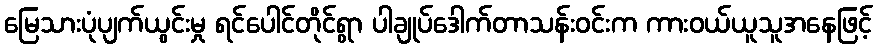
မြေသားပုံပျက်ယွင်းမှု ရင်ပေါင်တိုင်ရွာ ပါချုပ်ဒေါက်တာသန်းဝင်းက ကားဝယ်ယူသူအနေဖြင့်